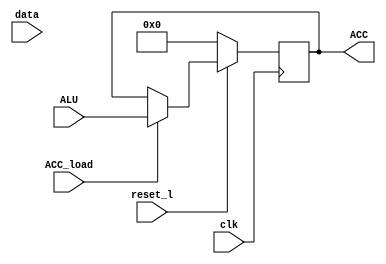
// Intermediate data register
// TODO: mux zp signals for fewer bits
module ACC (
	clk,
	reset_l,
	data,
	ALU,
	ACC_load,
	ACC
);

input clk;
input reset_l;
input [7:0] data;
input [7:0] ALU;
input ACC_load;

wire [7:0] data;
wire [7:0] ALU;

output [7:0] ACC;

reg [7:0] ACC;

always @(posedge clk) begin : ACC_reg
	if (~reset_l) begin
		ACC <= 0;
	end else if (ACC_load) begin
		ACC <= ALU;
	end
end

endmodule